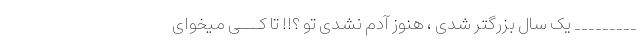
_________ یک سال بزرگتر شدی ، هنوز آدم نشدی تو ؟!! تا کـــی میخوای